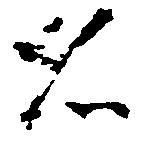
名